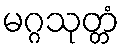
မဂ္ဂသုတ္တံ